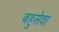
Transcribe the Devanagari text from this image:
बहुसेवा